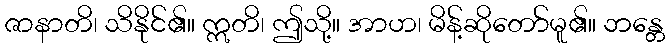
ဇာနာတိ၊ သိနိုင်၏။ ဣတိ၊ ဤသို့။ အာဟ၊ မိန့်ဆိုတော်မူ၏။ ဘန္တေ